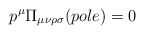
\begin{align*}p^{\mu}\Pi_{\mu\nu\rho\sigma}(pole)=0\end{align*}